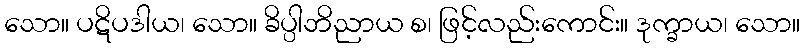
သော။ ပဋိပဒါယ၊ သော။ ခိပ္ပါဘိညာယ စ၊ ဖြင့်လည်းကောင်း။ ဒုက္ခာယ၊ သော။